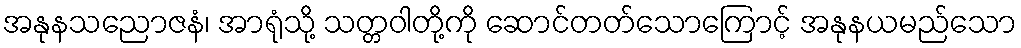
အနုနသညောဇနံ၊ အာရုံသို့ သတ္တဝါတို့ကို ဆောင်တတ်သောကြောင့် အနုနယမည်သော